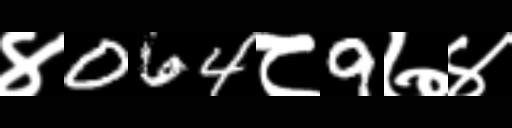
Text: ४064८9७४